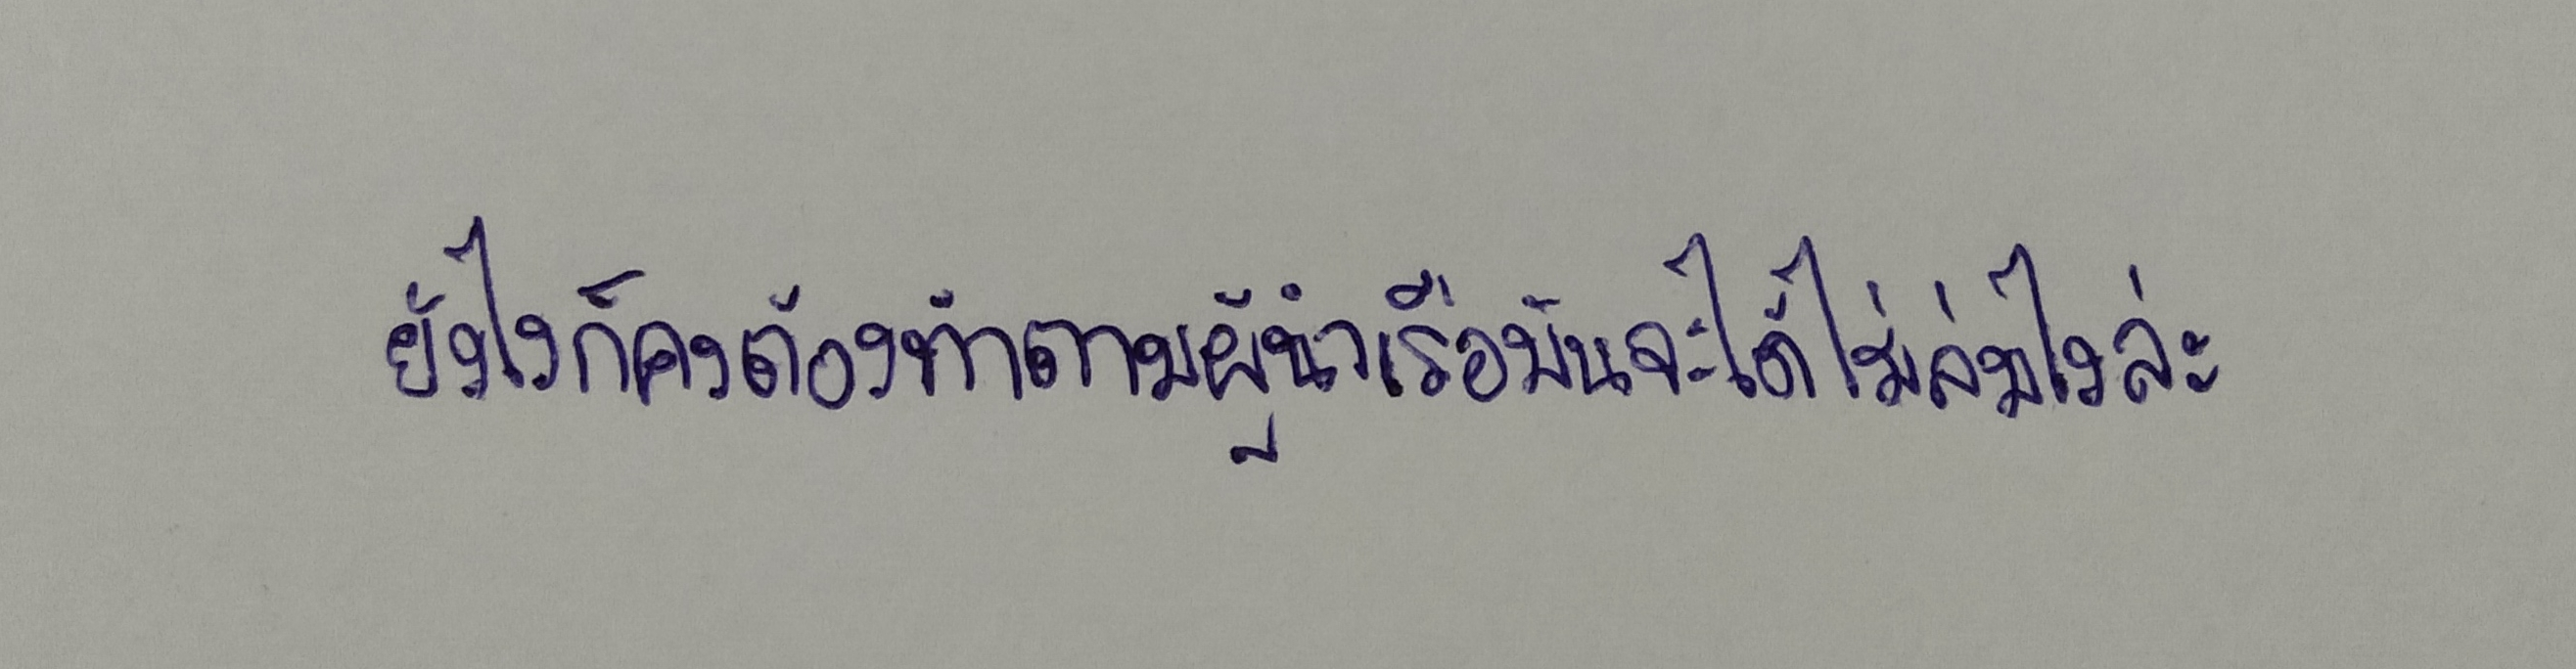
ยังไงก็คงต้องทำตามผู้นำเรือมันจะได้ไม่ล่มไงล่ะ